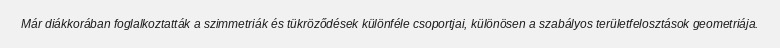
Már diákkorában foglalkoztatták a szimmetriák és tükröződések különféle csoportjai, különösen a szabályos területfelosztások geometriája.